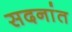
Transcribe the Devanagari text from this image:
सदनांत